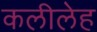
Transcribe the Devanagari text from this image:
कलीलेह